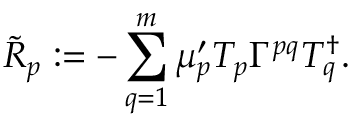
{ \widetilde { R } } _ { p } : = - \sum _ { q = 1 } ^ { m } \mu _ { p } ^ { \prime } T _ { p } \Gamma ^ { p q } T _ { q } ^ { \dag } .